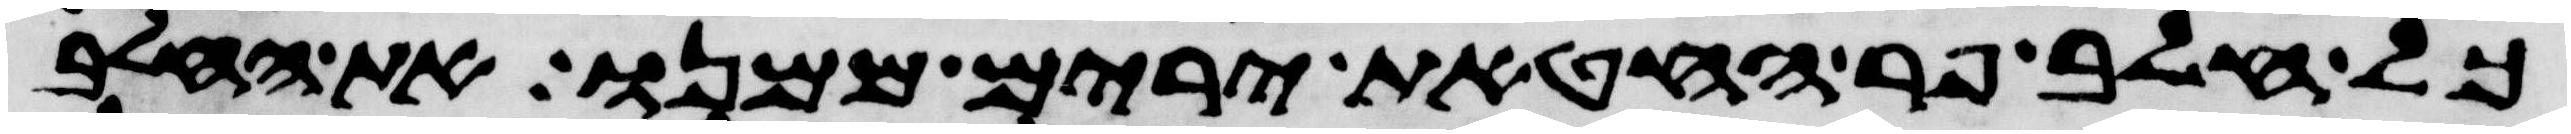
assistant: כל חלב פר החטאת ירים ממנו את החלב